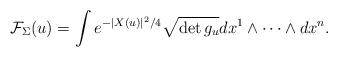
LaTeX: \begin{align*}\mathcal{F}_\Sigma(u)=\int e^{-|X(u)|^2/4}\sqrt{\det g_u} dx^1\wedge\dots\wedge dx^n.\end{align*}